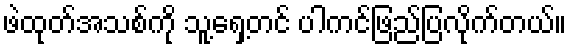
ဖဲထုတ်အသစ်ကို သူ့ရှေ့တင် ပါကင်ဖြည်ပြလိုက်တယ်။